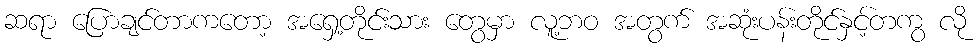
ဆရာ ပြောချင်တာကတော့ အရှေ့တိုင်းသား တွေမှာ လူ့ဘဝ အတွက် အဆုံးပန်းတိုင်နှင့်တကွ လို